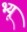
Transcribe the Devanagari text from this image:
भ्यू